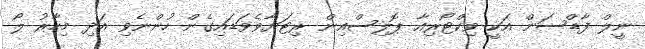
ނީލް ފާޑްސަން އަކީ ވިކްޓޯރިއާ ޕޮލިސްއިން ރިޓަޔާވެވަޑައިގެން ހުންނެވި އަދި މިހާރު ލޯ